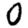
Digit: 0